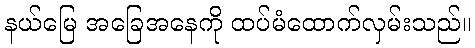
နယ်မြေ အခြေအနေကို ထပ်မံထောက်လှမ်းသည်။